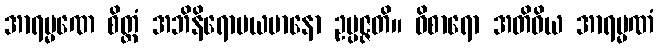
အာရမ္မဏေ စိတ္တံ အဘိနိရောပယမာနော ဥပ္ပဇ္ဇတိ။ ဝိစာရော အတိဝိယ အာရမ္မဏံ